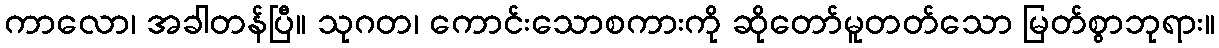
ကာလော၊ အခါတန်ပြီ။ သုဂတ၊ ကောင်းသောစကားကို ဆိုတော်မူတတ်သော မြတ်စွာဘုရား။